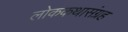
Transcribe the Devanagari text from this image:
लोककथासंग्रह